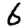
Digit: 6